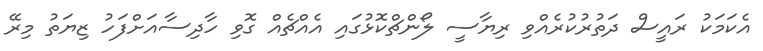
އެކަމަކު ރައީސް ދަތުރުކުރެއްވި ރިޔާސީ ލޯންޗްކޮޅުގައި އެއްޗެެއް ގޮވި ހާދިސާއަށްފަހު ޒިޔަތު މިރޭ